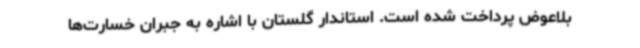
بلاعوض پرداخت شده است. استاندار گلستان با اشاره به جبران خسارت‌ها